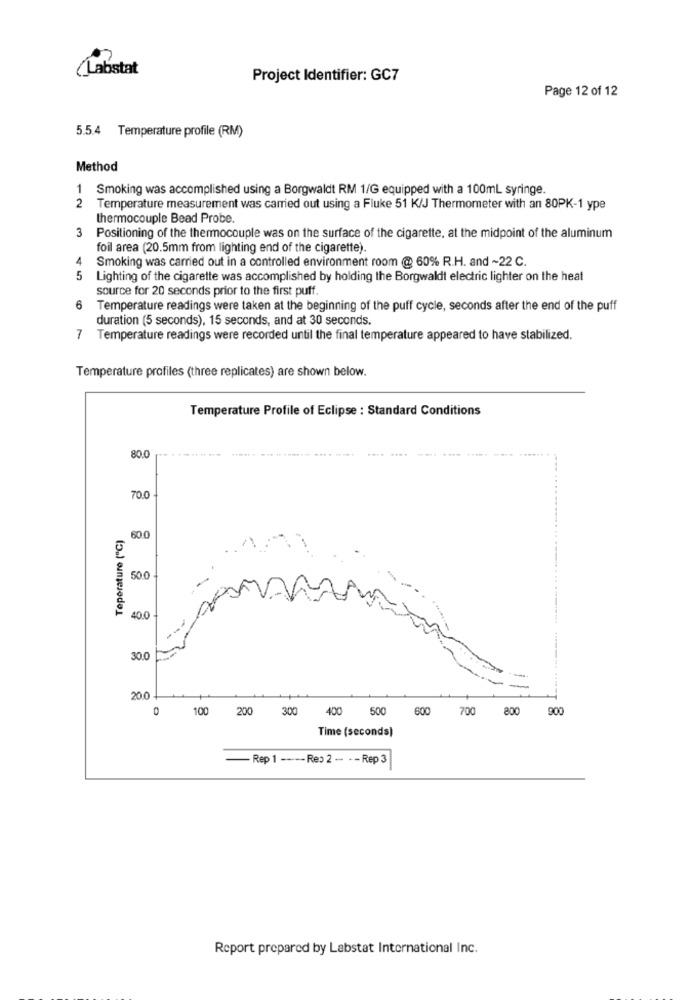
(Labstat
Project Identifier: GC7
Page 12 of 12
5.5.4 Temperature profile (RM)
Method
1 Smoking was accomplished using a Borgwaldt RM 1/G equipped with a 100ml syringe.
2 Temperature measurement was carried out using a Fluke 51 K/J Thermometer with an 80PK-1 ype
thermocouple Bead Probe.
Positioning of the thermocouple was on the surface of the cigarette, at the midpoint of the aluminum
foil area (20.5mm from lighting end of the cigarette).
4
Smoking was carried out in a controlled environment room @ 60% R.H. and ~22 C.
5
Lighting of the cigarette was accomplished by holding the Borgwaldt electric lighter on the heat
source for 20 seconds prior to the first puff.
6
Temperature readings were taken at the beginning of the puff cycle, seconds after the end of the puff
duration (5 seconds), 15 seconds, and at 30 seconds.
7 Temperature readings were recorded until the final temperature appeared to have stabilized.
Temperature profiles (three replicates) are shown below.
Temperature Profile of Eclipse : Standard Conditions
80.0
70.0
Teperature ("℃)
60.0
50.0
40.0
30.0
-
200 -
0
100 200 300 400 500
600 700
800 900
Time (seconds)
- Rep 1 ---- Res 2 -- - - Rep 3
Report prepared by Labstat International Inc.